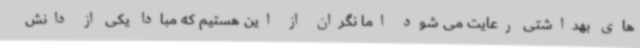
های بهداشتی رعایت می شود اما نگران از این هستیم که مبادا یکی از دانش